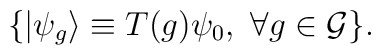
\{ |\psi_g \rangle\equiv T(g)\psi_0,\ \forall g\in {\cal G} \}.